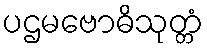
ပဌမဗောဓိသုတ္တံ